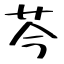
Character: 芩